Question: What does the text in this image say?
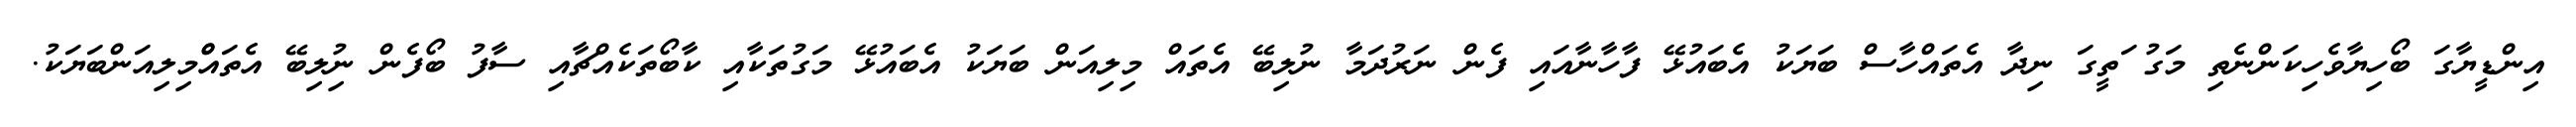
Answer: އިންޑީޔާގަ ބޯހިޔާވެހިކަންނެތި މަގު ަތީގަ ނިދާ އެތައްހާސް ބަޔަކު އެބައުޅޭ ފާހާނާއައި ފެން ނަރުދަމާ ނުލިބޭ އެތައް މިލިއަން ބަޔަކު އެބައުޅޭ މަގުތަކާއި ކާބޯތަކެއްޗާއި ސާފު ބޯފެން ނުިލިބޭ އެތައްްމިލިއަންބަޔަކު.